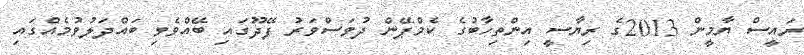
ރައީސް ޔާމީން 2013ގެ ރިޔާސީ އިންތިހާބުގެ ކެމްޕޭން ދުވަސްވަރު ފޭދޫގައި ބޭއްވެވި ބައްދަލުވުމެއްގައި